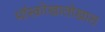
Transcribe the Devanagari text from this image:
मॉस्कोखालोखाल